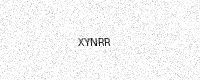
Text: XYNRR